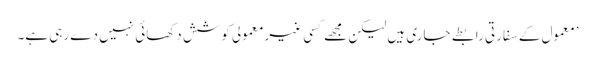
’معمول کے سفارتی رابطے جاری ہیں لیکن مجھے کسی غیرمعمولی کوشش دکھائی نہیں دے رہی ہے۔